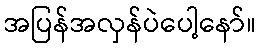
အပြန်အလှန်ပဲပေါ့နော်။